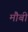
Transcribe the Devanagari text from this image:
मौबी